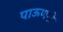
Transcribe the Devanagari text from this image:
पाऊणशे